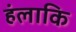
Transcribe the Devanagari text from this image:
हंलाकि